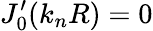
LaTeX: J_{0}^{\prime}(k_{n}R)=0